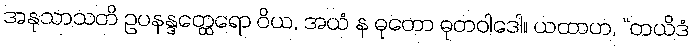
အနုသာသတိ ဥပနန္ဒတ္ထေရော ဝိယ, အယံ န ဓုတော ဓုတဝါဒေါ။ ယထာဟ, “တယိဒံ